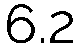
6.2